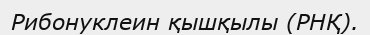
Рибонуклеин қышқылы (РНҚ).